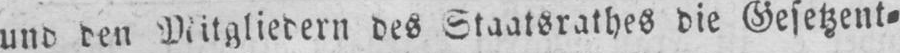
und den Mitgliedern des Staatsrathes die Gesetzent⸗